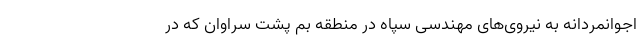
اجوانمردانه به نیروی‌های مهندسی سپاه در منطقه بم پشت سراوان که در